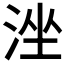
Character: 𣴶